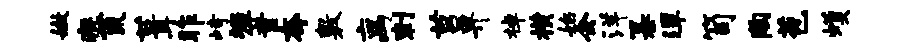
嫩瘠荒葺昨峙墀童夸敷离刺莒畀棹横始会洋纂潭笥陶苞蠖